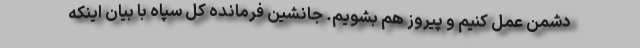
دشمن عمل کنیم و پیروز هم بشویم. جانشین فرمانده کل سپاه با بیان اینکه